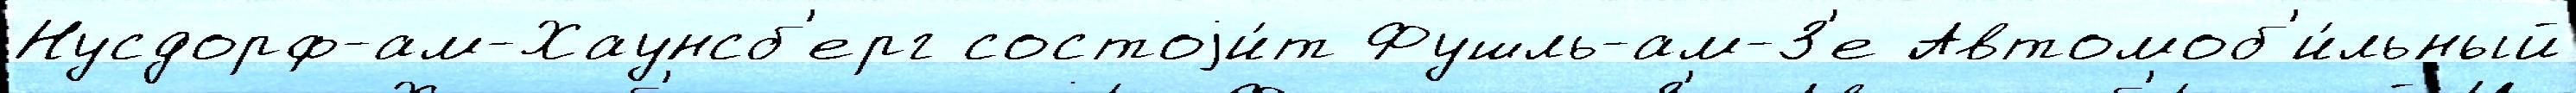
Нусдорф-ам-Хаунсб'ерг состоjи́т Фушль-ам-З'е Автомоб'и́льный